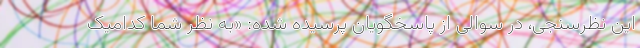
این نظرسنجی، در سوالی از پاسخگویان پرسیده شده: «به نظر شما کدامیک